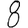
Digit: 8